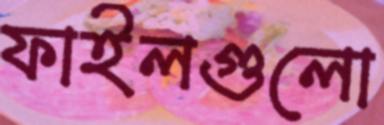
ফাইলগুলো